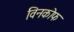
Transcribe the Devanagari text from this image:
विनकोफ